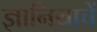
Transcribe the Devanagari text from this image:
ज्ञानियाचें